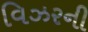
વિઝરની